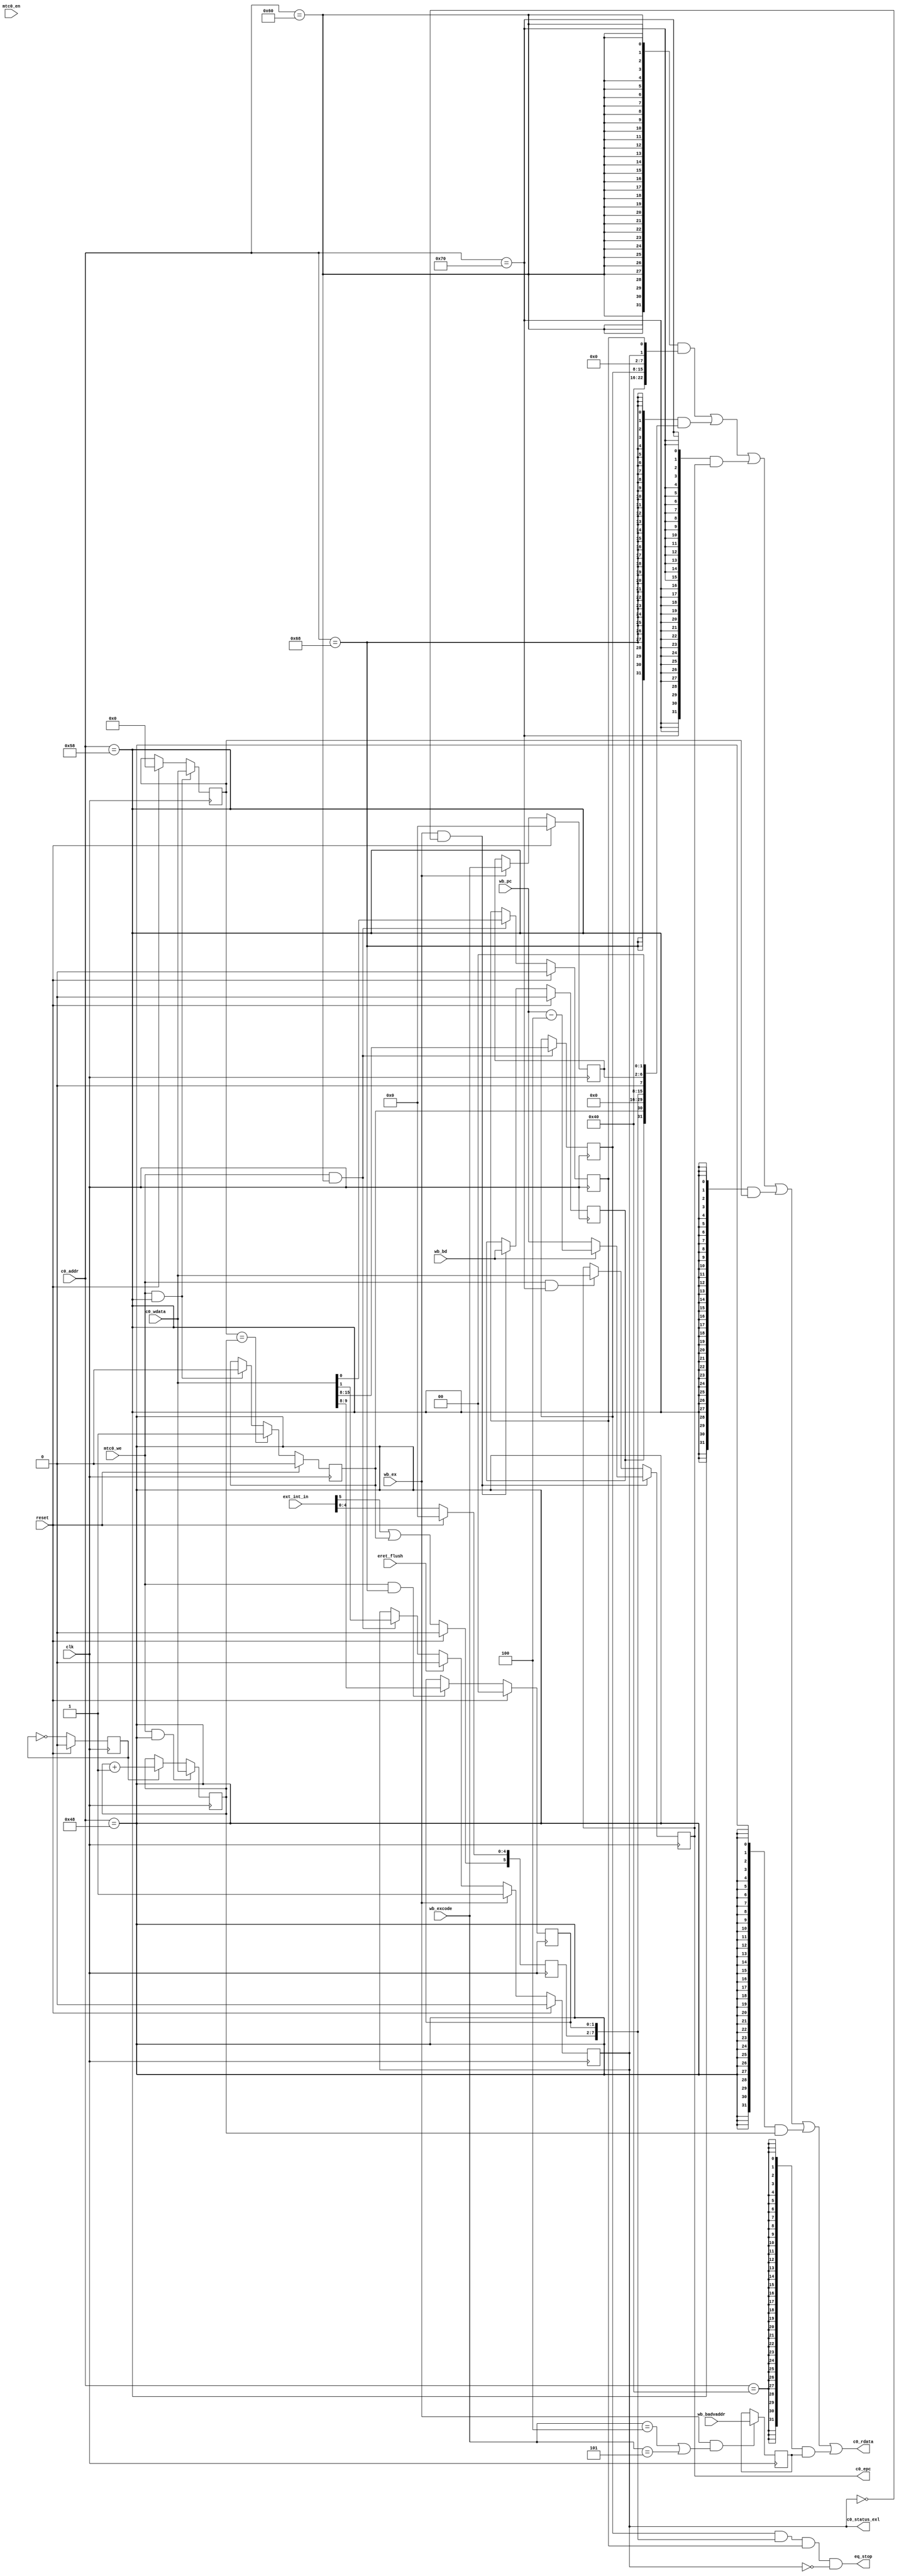
module CP0(
  input         reset       ,
  input         clk         ,
  input         mtc0_we     ,      //cp0写使能
  input [ 7:0]  c0_addr     ,       //写地址
  input [31:0]  c0_wdata    ,       //写数据
  input         wb_ex       ,       //写回级例外
  input         eret_flush  ,       //eret指令
  input         wb_bd       ,
  input [5:0]   ext_int_in  ,
  input [4:0]   wb_excode   ,
  input [31:0]  wb_pc       ,
  input         mtc0_en     ,
  output [31:0] c0_rdata    ,
  output reg [31:0] c0_epc  ,
  input [31:0]  wb_badvaddr ,
  output        eq_stop     ,
  output        c0_status_exl
);
wire eq_stop;
wire c0_status_bev;
reg [ 7:0] c0_status_im;
reg c0_status_exl;
reg c0_status_ie;

reg c0_cause_bd;
reg c0_cause_ti;
reg [ 7:0] c0_cause_ip;
reg [ 4:0] c0_cause_excode;
reg gj;

reg [31:0] c0_epc;

reg tick;
reg [31:0] c0_count;

reg [31:0] c0_badvaddr;

reg [31:0] c0_compare;


wire [7:0] cr_epc;
wire [7:0] cr_cause;
wire [7:0] cr_status;
wire [7:0] cr_compare;
wire [7:0] cr_count;
wire [7:0] cr_badvaddr;
wire [7:0] ex_adel;
wire [7:0] ex_adel2;
wire count_eq_compare;
assign eq_stop = c0_status_im[7:0] & c0_cause_ip[7:0] && c0_status_ie && ~c0_status_exl;
// c0_cause_ti;
assign cr_epc = 8'b01110000;
assign cr_cause = 8'b01101000;
assign cr_status = 8'b01100000;
assign cr_compare = 8'b01011000;
assign cr_count = 8'b01001000;
assign cr_badvaddr = 8'b01000000;
assign ex_adel = 8'b00100000;
assign ex_adel2 = 8'b00101000;
assign c0_rdata =   ({32{c0_addr == cr_status}} & {9'b0,1'b1,6'b0,c0_status_im[7:0],6'b0,c0_status_exl,c0_status_ie})
                |   ({32{c0_addr == cr_cause}} & {c0_cause_bd,c0_cause_ti,14'b0,c0_cause_ip[7:0],1'b0,c0_cause_excode[4:0],2'b0})
                |   ({32{c0_addr == cr_epc}} & {c0_epc[31:0]})
                |   ({32{c0_addr == cr_compare}} & {c0_compare[31:0]})
                |   ({32{c0_addr == cr_count}} & {c0_count[31:0]})
                |   ({32{c0_addr == cr_badvaddr}} & {c0_badvaddr});

assign count_eq_compare =(c0_compare == c0_count);
always @(posedge clk)begin
  if(count_eq_compare)
  gj<=1;
end
always @(posedge clk) begin
  if (reset) begin
    c0_compare<=0;
  end
if (mtc0_we && c0_addr==cr_compare)
 c0_compare <= c0_wdata;
end

always @(posedge clk) begin
if (wb_ex && ({wb_excode,3'b0}==ex_adel) | ({wb_excode,3'b0}==ex_adel2))
 c0_badvaddr <= wb_badvaddr;
end

always @(posedge clk) begin
if (reset) tick <= 1'b0;
else tick <= ~tick;
if (mtc0_we && c0_addr==cr_count)
 c0_count <= c0_wdata;
else if (tick)
 c0_count <= c0_count + 1'b1;
end
assign c0_status_bev = 1'b1;
always @(posedge clk) begin
    if (mtc0_we && c0_addr == cr_status) begin
        c0_status_im <= c0_wdata[15:8];
    end
end

always @(posedge clk) begin
if (reset)
 c0_status_exl <= 1'b0;
else if (wb_ex)                     //写回报例外
 c0_status_exl <= 1'b1;
else if (eret_flush)                //eret指令
 c0_status_exl <= 1'b0;
else if (mtc0_we && c0_addr==cr_status)
 c0_status_exl <= c0_wdata[1];
end

always @(posedge clk) begin
if (reset)
 c0_status_ie <= 1'b0;
else if (mtc0_we && c0_addr==cr_status)
 c0_status_ie <= c0_wdata[0];
end

always @(posedge clk) begin
if (reset)
 c0_cause_bd <= 1'b0;
else if (wb_ex && !c0_status_exl)
 c0_cause_bd <= wb_bd;
end

always @(posedge clk) begin
if (reset)begin
 c0_cause_ti <= 1'b0;
 gj<=0;
 end
 else if (count_eq_compare)
 c0_cause_ti <= 1'b1;
else if (mtc0_we && c0_addr==cr_compare)
 c0_cause_ti <= 1'b0;

 
//  if (mtc0_we && c0_addr==cr_compare & count_eq_compare) begin
//    gj<=1;
//  end
end

// always @(posedge clk) begin
//   if (gj) begin
//     c0_cause_ti <= 1'b1;
//     gj<=0;
//   end
// end

always @(posedge clk) begin
if (reset)
 c0_cause_ip[7:2] <= 6'b0;
else begin
 c0_cause_ip[7] <= ext_int_in[5] | c0_cause_ti;
 c0_cause_ip[6:2] <= ext_int_in[4:0];
end
end

always @(posedge clk) begin
if (reset)
 c0_cause_ip[1:0] <= 2'b0;
else if (mtc0_we && c0_addr==cr_cause)
 c0_cause_ip[1:0] <= c0_wdata[9:8];
end

always @(posedge clk) begin
if (reset)
 c0_cause_excode <= 5'b0;
else if (wb_ex)
 c0_cause_excode <= wb_excode;
end

always @(posedge clk) begin
if (wb_ex && !c0_status_exl)
 c0_epc <= wb_bd ? wb_pc - 3'h4 : wb_pc;
else if (mtc0_we && c0_addr== cr_epc)
 c0_epc <= c0_wdata;
end


endmodule